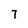
Character: 7